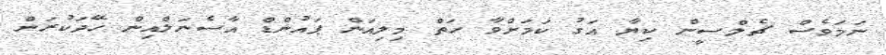
ނަމަވެސް ޗެލްސީން ކިޔާ އަގު ކަމަށްވާ ހަތް މިލިއަން ޕައުންޑް އާސެނަލްއިން ހޭދަކުރަން